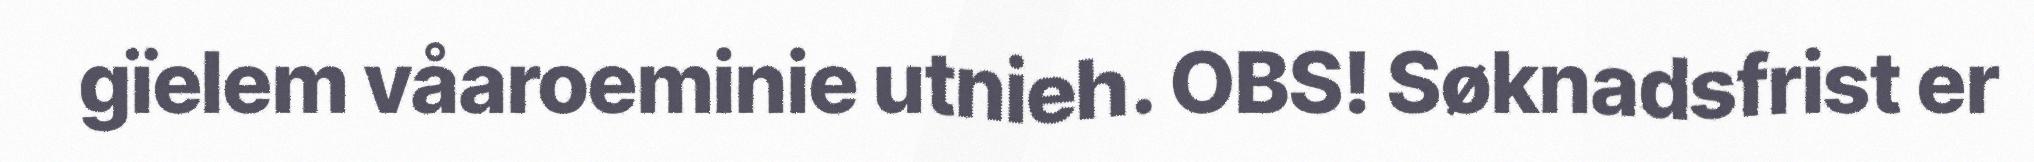
gïelem våaroeminie utnieh. OBS! Søknadsfrist er